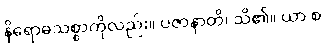
နိရောဓသစ္စာကိုလည်း။ ပဇာနာတိ၊ သိ၏။ ယာ စ